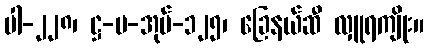
ပါ-၂၂၈၊ ဋ္ဌ-ပ-အုပ်-၁၂၅၊ ခြေနယ်ဆီ လှူရကျိုး။